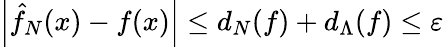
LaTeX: \left|\hat{f}_{N}(x)-f(x)\right|\le d_{N}(f)+d_{\Lambda}(f)\le\varepsilon